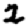
Digit: 2